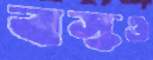
বস্কও